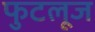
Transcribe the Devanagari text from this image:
फुटलूज